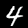
Digit: 4